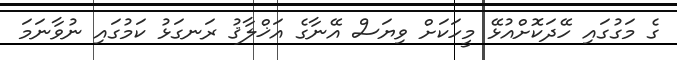
ގެ މަގުގައި ހޭދަކޮށްއުޅޭ މީހަކަށް ވިޔަސް އޭނާގެ އަޚްލާޤު ރަނގަޅު ކަމުގައި ނުވާނަމަ